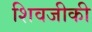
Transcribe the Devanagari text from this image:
शिवजीकी